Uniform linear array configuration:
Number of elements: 8
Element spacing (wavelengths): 1
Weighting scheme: exponential
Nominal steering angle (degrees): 60
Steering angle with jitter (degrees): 60.183
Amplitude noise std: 0.05
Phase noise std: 0.05

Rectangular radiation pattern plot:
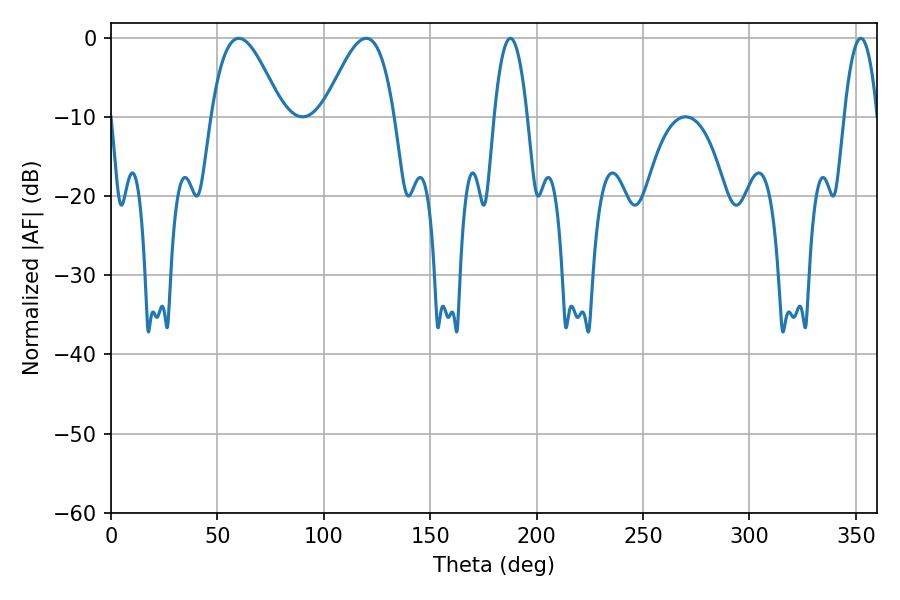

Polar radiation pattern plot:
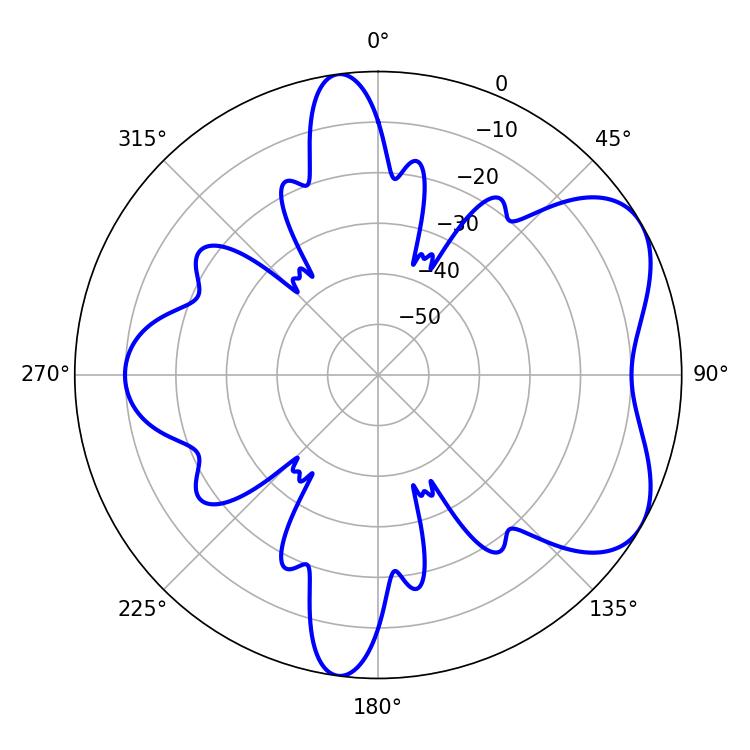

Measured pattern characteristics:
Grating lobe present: TRUE
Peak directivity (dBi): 5.691
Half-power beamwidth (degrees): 17.82
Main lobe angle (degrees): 60.12